Report of the Indian Hemp Drugs Commission, 1894-1895 - Volume I
Year: 1894
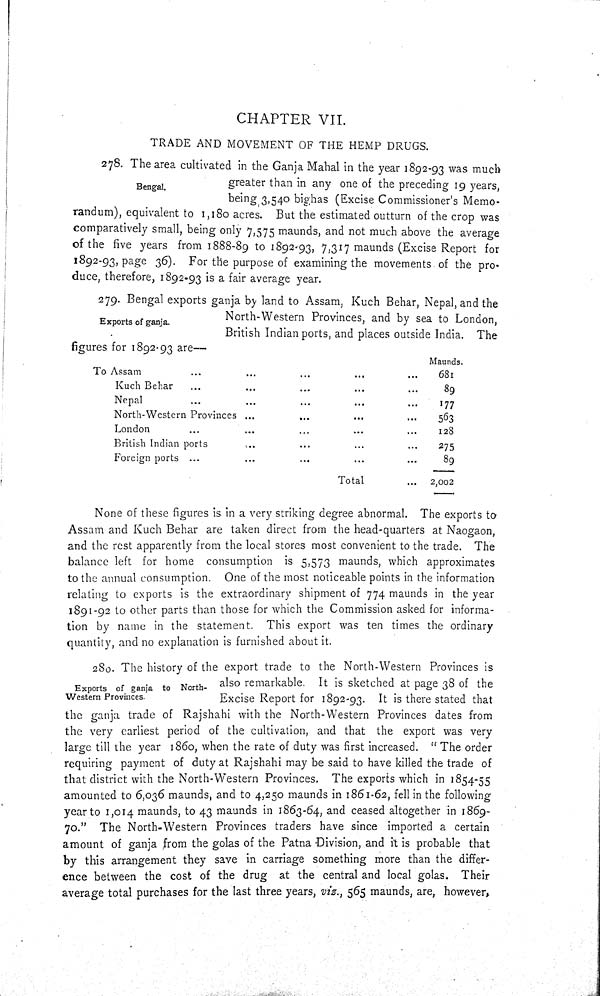
CHAPTER VII.
TRADE AND MOVEMENT OF THE HEMP DRUGS.
Bengal.
278. The area cultivated in the Ganja Mahal in the year 1892-93 was much
greater than in any one of the preceding 19 years,
being, 3,540 bighas (Excise Commissioner's Memo-
randum), equivalent to 1,180 acres. But the estimated outturn of the crop was
comparatively small, being only 7,575 maunds, and not much above the average
of the five years from 1888-89 to 1892-93, 7,317 maunds (Excise Report for
1892-93, page 36). For the purpose of examining the movements of the pro-
duce, therefore, 1892-93 is a fair average year.
Exports of ganja.
279. Bengal exports ganja by land to Assam, Kuch Behar, Nepal, and the
North-Western Provinces, and by sea to London,
British Indian ports, and places outside India. The
figures for 1892-93 are—
Maunds.
To Assam
681
Kuch Behar
89
Nepal
177
North-Western Provinces
563
London
128
British Indian ports
275
Foreign ports
89
Total
2,002
None of these figures is in a very striking degree abnormal. The exports to
Assam and Kuch Behar are taken direct from the head-quarters at Naogaon,
and the rest apparently from the local stores most convenient to the trade. The
balance left for home consumption is 5,573 maunds, which approximates
to the annual consumption. One of the most noticeable points in the information
relating to exports is the extraordinary shipment of 774 maunds in the year
1891-92 to other parts than those for which the Commission asked for informa-
tion by name in the statement. This export was ten times the ordinary
quantity, and no explanation is furnished about it.
Exports of ganja to North-
Western Provinces.
280. The history of the export trade to the North-Western Provinces is
also remarkable. It is sketched at page 38 of the
Excise Report for 1892-93. It is there stated that
the ganja trade of Rajshahi with the North-Western Provinces dates from
the very earliest period of the cultivation, and that the export was very
large till the year 1860, when the rate of duty was first increased. "The order
requiring payment of duty at Rajshahi may be said to have killed the trade of
that district with the North-Western Provinces. The exports which in 1854-55
amounted to 6,036 maunds, and to 4,250 maunds in 1861-62, fell in the following
year to 1,014 maunds, to 43 maunds in 1863-64, and ceased altogether in 1869-
70." The North-Western Provinces traders have since imported a certain
amount of ganja from the golas of the Patna Division, and it is probable that
by this arrangement they save in carriage something more than the differ-
ence between the cost of the drug at the central and local golas. Their
average total purchases for the last three years, viz., 565 maunds, are, however,